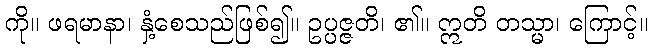
ကို။ ဖရမာနာ၊ နှံ့စေသည်ဖြစ်၍။ ဥပ္ပဇ္ဇတိ၊ ၏။ ဣတိ တသ္မာ၊ ကြောင့်။